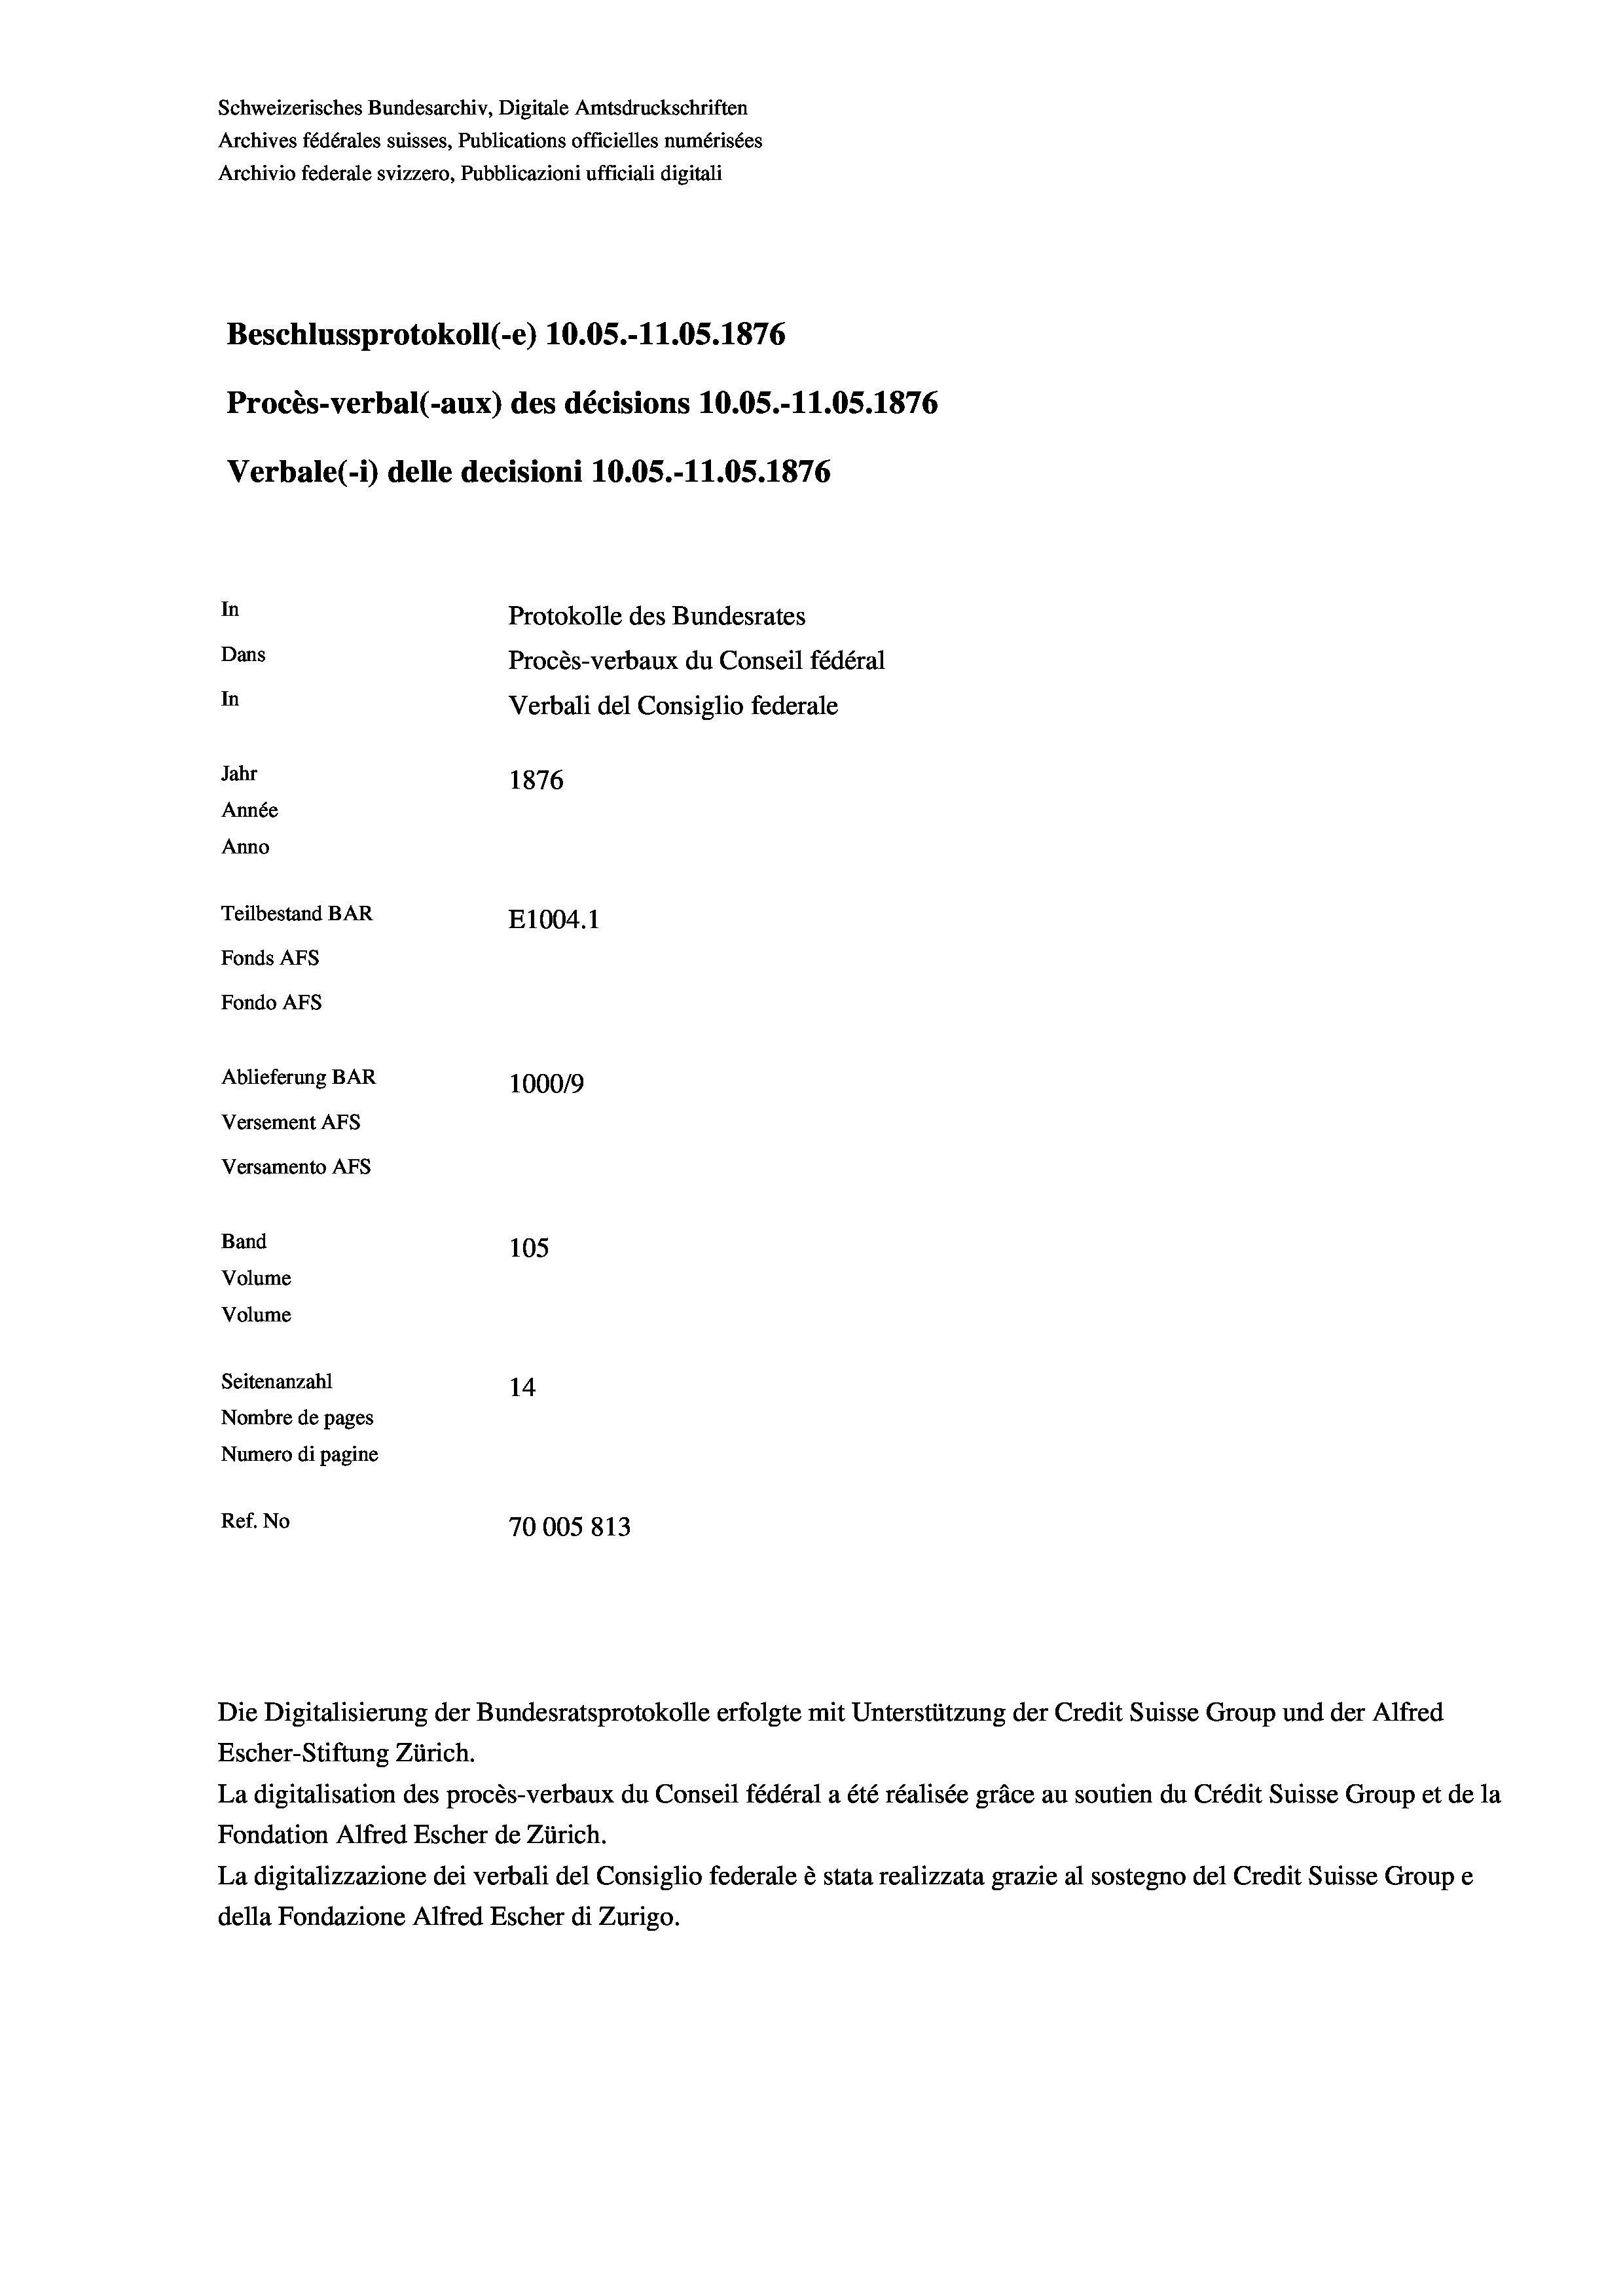
Schweizerisches Bundesarchiv, Digitale Amtsdruckschriften
Archives fédérales suisses, Publications officielles numérisées
Archivio federale svizzero, Pubblicazioni ufficiali digitali
Beschlussprotokoll (-e) 10.05.-11.05. 1876
Procès-verbal (-aux) des décisions 10.05.-11.05. 1876
Verbale(*) delle decisioni 10.05.-11.05. 1876
In
Protokolle des Bundesrates
Dans
Procès-verbaux du Conseil fédéral
In
Verbali del Consiglio federale
Jahr
1876
Année
Anno
Teilbestand BAR
E1004.1
Fonds AFs
Fondo Afs
Ablieferung BAR
100019
Versement AFs
Versamento Afs
Band
105
Volume
Volume
Seitenanzahl
14
Nombre de pages
Numero di pagine
Ref. No
70005813

Escher-Stiftung Zürich.
La digitalisation des procès-verbaux du Conseil fédéral a été réalisée gräce au soutien du Crédit Suisse Group et de la
Fondation Alfred Escher de Zürich.
La digitalizzazione dei verbali del Consiglio federale è stata realizzata grazie al sostegno del Credit Suisse Groupe
della Fondazione Alfred Escher di Zurigo.

Die Digitalisierung der Bundesratsprotokolle erfolgte mit Unterstützung der Credit Suisse Group und der Alfred